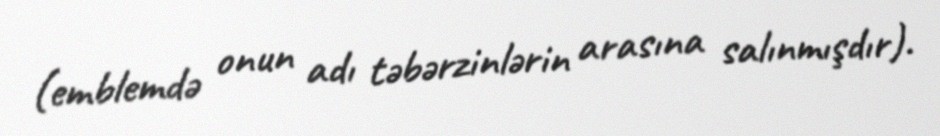
(emblemdə onun adı təbərzinlərin arasına salınmışdır).